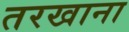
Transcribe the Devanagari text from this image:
तरखाना